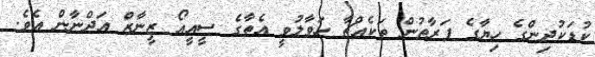
ކުޑަކުދިންގެ ހިޔާގެ ފަރާތުން ތަކެއްޗާ ހަވާލުވީ އެތާގެ ސީއީއޯ ޒީނާޒް އަދްނާން އެވެ.